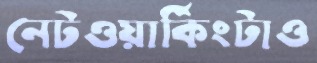
নেটওয়ার্কিংটাও